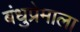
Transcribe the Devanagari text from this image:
बंधुप्रेमाला